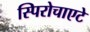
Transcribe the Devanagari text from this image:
स्पिरोचाएटे